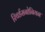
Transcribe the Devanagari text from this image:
रिचर्डसनोनियन